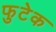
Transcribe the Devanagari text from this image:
फुटेक